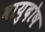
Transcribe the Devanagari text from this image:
वायुदोष